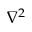
\nabla ^ { 2 }